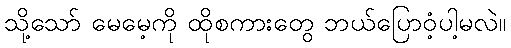
သို့သော် မေမေ့ကို ထိုစကားတွေ ဘယ်ပြောဝံ့ပါ့မလဲ။